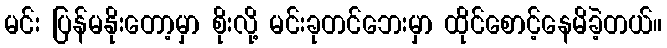
မင်း ပြန်မနိုးတော့မှာ စိုးလို့ မင်းခုတင်ဘေးမှာ ထိုင်စောင့်နေမိခဲ့တယ်။